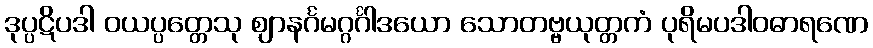
ဒုပ္ပဋိပဒါ ဝယပ္ပတ္တေသု ဈာနင်္ဂမဂ္ဂင်္ဂါဒယော သောတဗ္ဗယုတ္တကံ ပုရိမပဒါဝဓာရဏေ